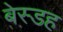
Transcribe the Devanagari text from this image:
बेस्डह